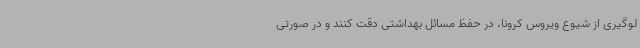
لوگیری از شیوع ویروس کرونا، در حفظ مسائل بهداشتی دقت کنند و در صورتی